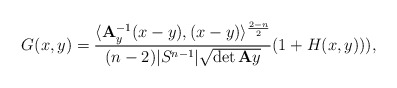
\begin{align*} G(x,y)=\frac{\langle {\bf A}_y^{-1}(x-y),(x-y)\rangle^{\frac{2-n}{2}}}{(n-2)|S^{n-1}|\sqrt{\det{\bf A}y}}(1+H(x,y))), \end{align*}